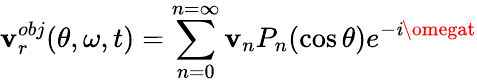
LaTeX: \mathbf{v}_{r}^{obj}(\theta,\omega,t)=\sum_{n=0}^{n=\infty}\mathbf{v}_{n}P_{n}(\cos\theta)e^{-\mathit{i}\omegat}